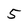
Character: 5